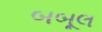
બબૂલ